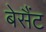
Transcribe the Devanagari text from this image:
बेसैंट